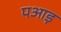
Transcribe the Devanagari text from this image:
पआड़